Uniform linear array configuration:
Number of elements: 16
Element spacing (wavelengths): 0.75
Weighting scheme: kaiser
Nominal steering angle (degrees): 60
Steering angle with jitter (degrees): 60.48
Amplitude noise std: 0.05
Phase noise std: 0.05

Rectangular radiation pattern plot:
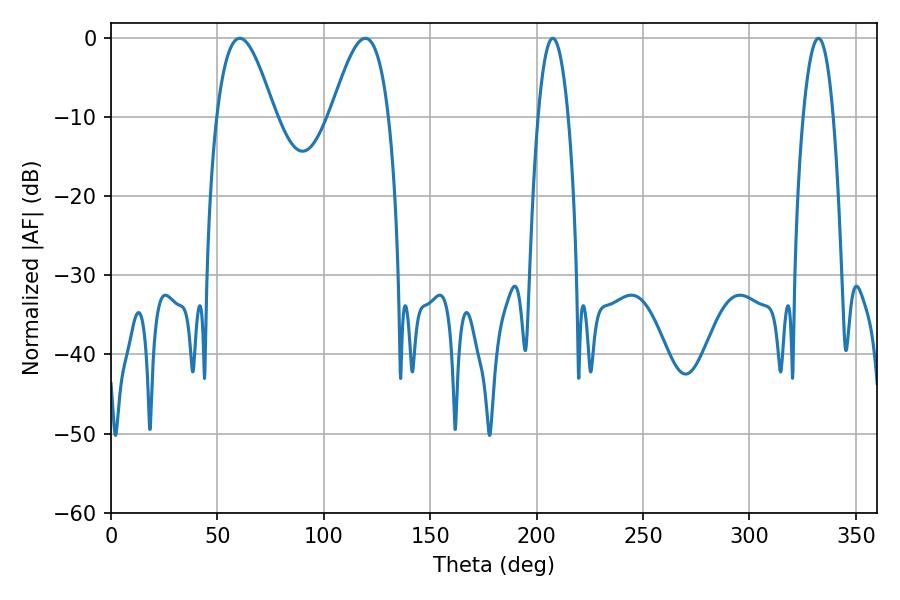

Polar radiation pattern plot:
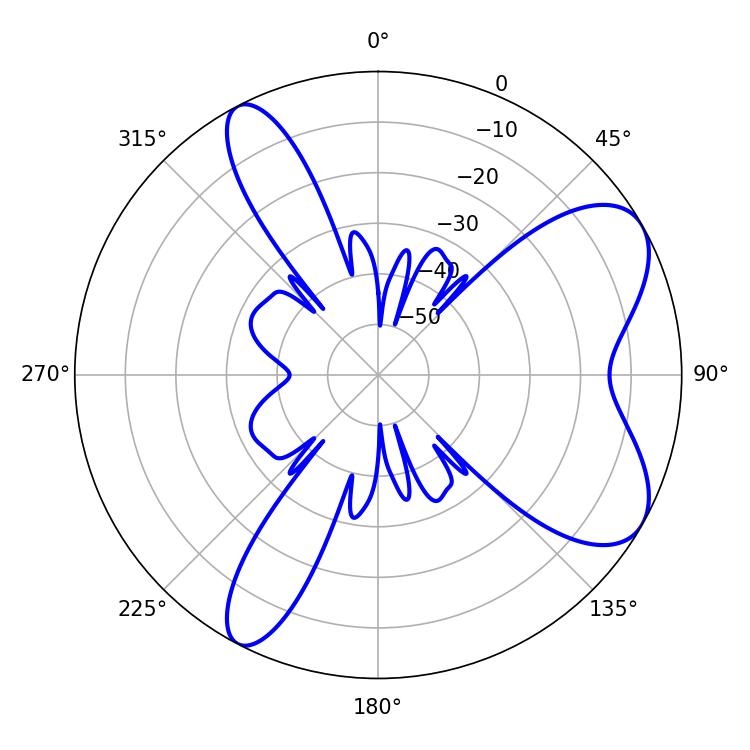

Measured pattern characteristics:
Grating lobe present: TRUE
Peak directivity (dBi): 7.314
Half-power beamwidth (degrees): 14.76
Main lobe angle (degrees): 60.48